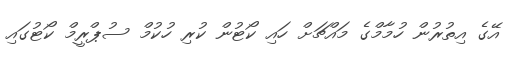
އޭގެ އިތުރުން ހުމާމްގެ މައްޗަށް ހައި ކޯޓުން ކުރި ހުކުމް ސުޕްރީމް ކޯޓުގައި